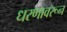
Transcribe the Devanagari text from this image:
धरणावरून